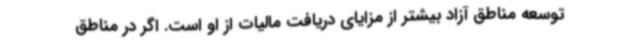
توسعه مناطق آزاد بیشتر از مزایای دریافت مالیات از او است. اگر در مناطق